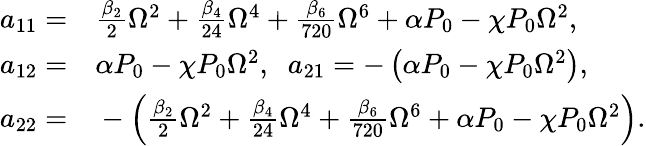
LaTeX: \begin{array}{rl}{a_{11}=}&{{}\frac{\beta_{2}}{2}\Omega^{2}+\frac{\beta_{4}}{24}\Omega^{4}+\frac{\beta_{6}}{720}\Omega^{6}+\alpha P_{0}-\chi P_{0}\Omega^{2},}\\ {a_{12}=}&{{}\alpha P_{0}-\chi P_{0}\Omega^{2},\; \; a_{21}=-\left(\alpha P_{0}-\chi P_{0}\Omega^{2}\right),}\\ {a_{22}=}&{{}-\left(\frac{\beta_{2}}{2}\Omega^{2}+\frac{\beta_{4}}{24}\Omega^{4}+\frac{\beta_{6}}{720}\Omega^{6}+\alpha P_{0}-\chi P_{0}\Omega^{2}\right).}\end{array}